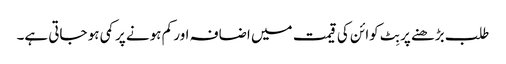
طلب بڑھنے پر بِٹ کوائن کی قیمت میں اضافہ اور کم ہونے پر کمی ہو جاتی ہے۔